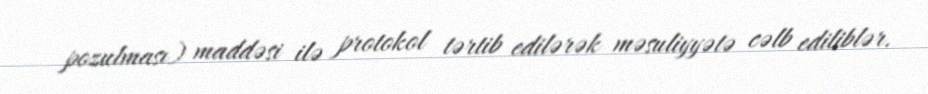
pozulması) maddəsi ilə protokol tərtib edilərək məsuliyyətə cəlb ediliblər.